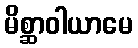
မိစ္ဆာဝါယာမေ